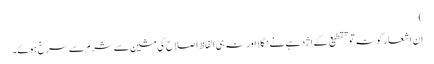
)
ان اشعار کو نہ تو تقطیع کے اژدہے نے نگلا اور نہ ہی الفاظ اصلاح کی مشین سے شرم سے سرخ ہوئے۔